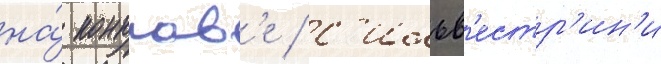
на́ конклав'е / с'ильв'естр'ин'и